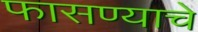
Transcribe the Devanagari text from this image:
फासण्याचे